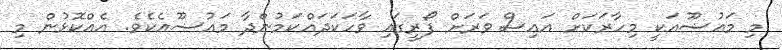
މި މައުޟޫއަކީ މިހާރަކަށް އައިސް ވަރަށް ފޯރީގައި ވާހަކަދައްކަމުންދާ މައުޟޫއެކެވެ. އެއްކޮޅުން މި